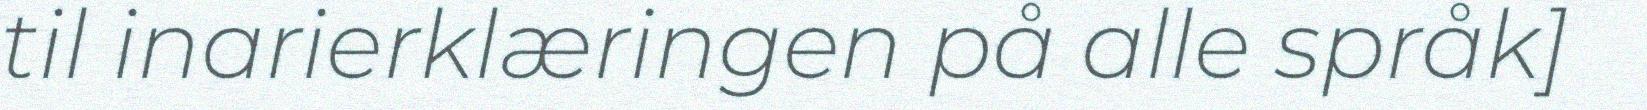
til inarierklæringen på alle språk]